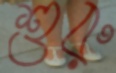
শুরু